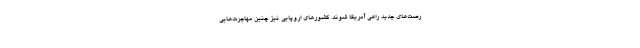
رصت‌های جدید راهی آمریکا شوند. کشورهای اروپایی نیز چنین مهاجرت‌هایی